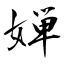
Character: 婵